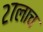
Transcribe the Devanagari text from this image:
२७लाच